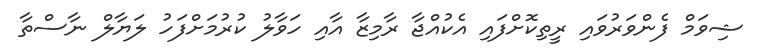
ޝިވަމް ފެންވަރުވައި ރީތިކޮށްފައި އެކުއްޖާ ރާމިޒާ އާއި ހަވާލު ކުރުމަށްފަހު ލަޔާލް ނާސްތާ